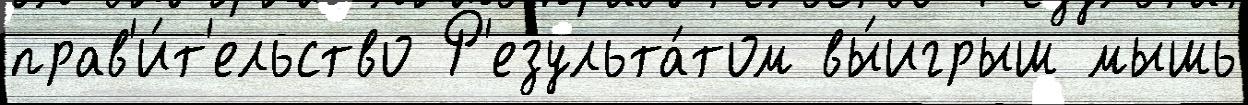
прав'и́т'ельство Р'езульта́том вы́игрыш мышь